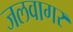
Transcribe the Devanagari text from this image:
जलवागर